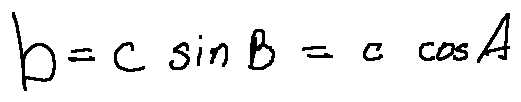
b = c \sin B = c \cos A